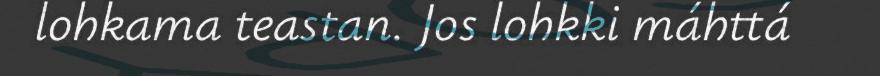
lohkama teastan. Jos lohkki máhttá